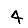
Digit: 4